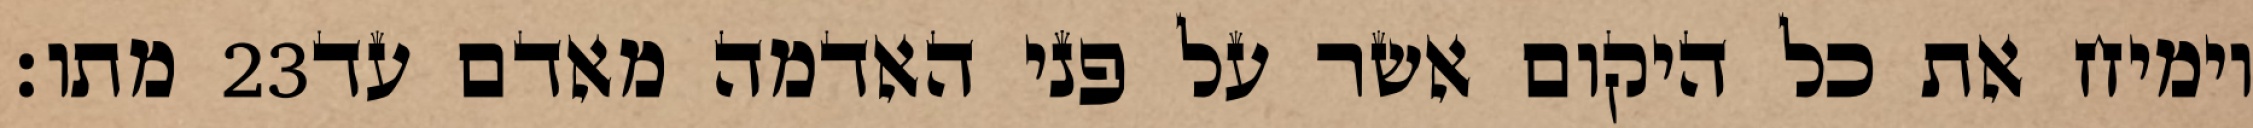
מתו׃ ‎23‏ וימיח את כל היקום אשר על פני האדמה מאדם עד